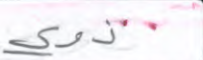
ذوي